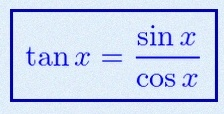
\tan x=\frac{\sin x}{\cos x}